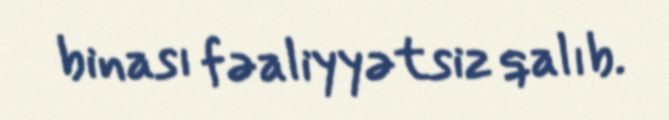
binası fəaliyyətsiz qalıb.